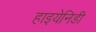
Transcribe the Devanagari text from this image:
हाइयेनिडी